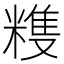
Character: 𥻬